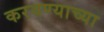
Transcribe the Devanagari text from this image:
करवण्याच्या